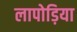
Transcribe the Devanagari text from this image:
लापोड़िया